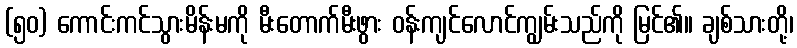
(၅၀) ကောင်းကင်သွားမိန်းမကို မီးတောက်မီးဖွား ဝန်းကျင်လောင်ကျွမ်းသည်ကို မြင်၏။ ချစ်သားတို့၊